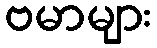
ဗမာများ